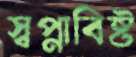
স্বপ্নাবিষ্ট